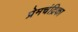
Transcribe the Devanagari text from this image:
प्रेमचंद्रिका